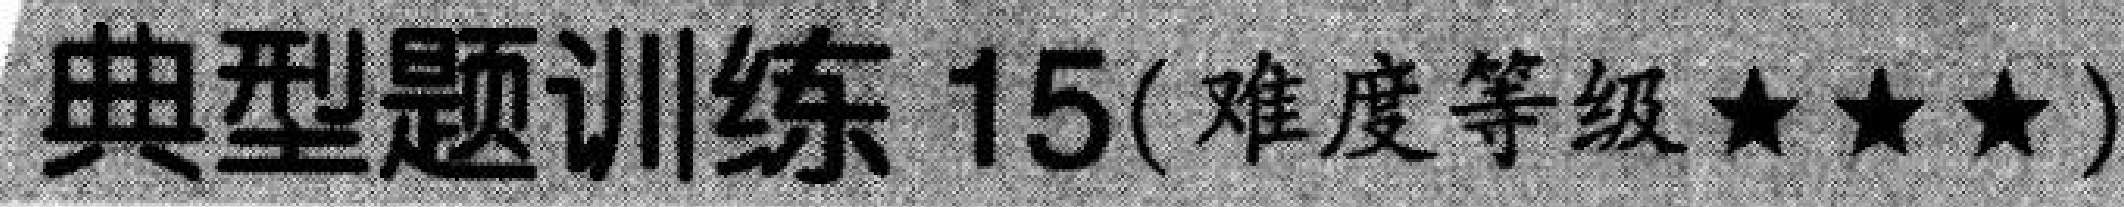
典型题训练 15(难度等级★★★)